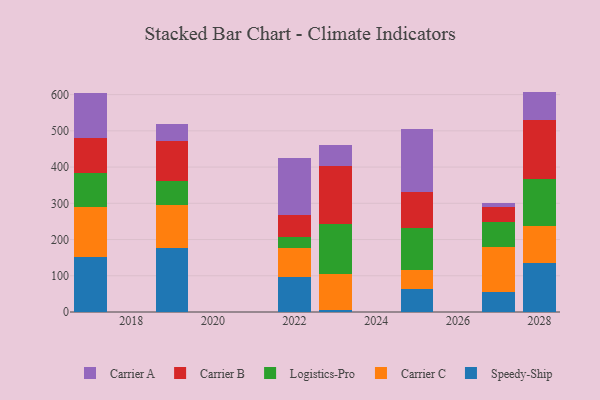
{"axis": {"x": "Year", "y": "Waste Production (Tons)"}, "legend": ["Carrier A", "Carrier B", "Carrier C", "Logistics-Pro", "Speedy-Ship"], "data": [{"x": "2017", "y": 150.7, "type": "Speedy-Ship"}, {"x": "2017", "y": 138.0, "type": "Carrier C"}, {"x": "2017", "y": 96.2, "type": "Logistics-Pro"}, {"x": "2017", "y": 94.7, "type": "Carrier B"}, {"x": "2017", "y": 126.1, "type": "Carrier A"}, {"x": "2025", "y": 62.3, "type": "Speedy-Ship"}, {"x": "2025", "y": 52.7, "type": "Carrier C"}, {"x": "2025", "y": 118.1, "type": "Logistics-Pro"}, {"x": "2025", "y": 98.2, "type": "Carrier B"}, {"x": "2025", "y": 173.6, "type": "Carrier A"}, {"x": "2019", "y": 175.4, "type": "Speedy-Ship"}, {"x": "2019", "y": 120.7, "type": "Carrier C"}, {"x": "2019", "y": 66.3, "type": "Logistics-Pro"}, {"x": "2019", "y": 108.7, "type": "Carrier B"}, {"x": "2019", "y": 47.7, "type": "Carrier A"}, {"x": "2023", "y": 6.7, "type": "Speedy-Ship"}, {"x": "2023", "y": 98.0, "type": "Carrier C"}, {"x": "2023", "y": 138.3, "type": "Logistics-Pro"}, {"x": "2023", "y": 160.4, "type": "Carrier B"}, {"x": "2023", "y": 56.8, "type": "Carrier A"}, {"x": "2022", "y": 95.9, "type": "Speedy-Ship"}, {"x": "2022", "y": 80.0, "type": "Carrier C"}, {"x": "2022", "y": 30.7, "type": "Logistics-Pro"}, {"x": "2022", "y": 60.8, "type": "Carrier B"}, {"x": "2022", "y": 158.3, "type": "Carrier A"}, {"x": "2028", "y": 135.9, "type": "Speedy-Ship"}, {"x": "2028", "y": 101.4, "type": "Carrier C"}, {"x": "2028", "y": 130.2, "type": "Logistics-Pro"}, {"x": "2028", "y": 162.0, "type": "Carrier B"}, {"x": "2028", "y": 78.8, "type": "Carrier A"}, {"x": "2027", "y": 53.9, "type": "Speedy-Ship"}, {"x": "2027", "y": 124.3, "type": "Carrier C"}, {"x": "2027", "y": 69.9, "type": "Logistics-Pro"}, {"x": "2027", "y": 42.6, "type": "Carrier B"}, {"x": "2027", "y": 11.2, "type": "Carrier A"}]}